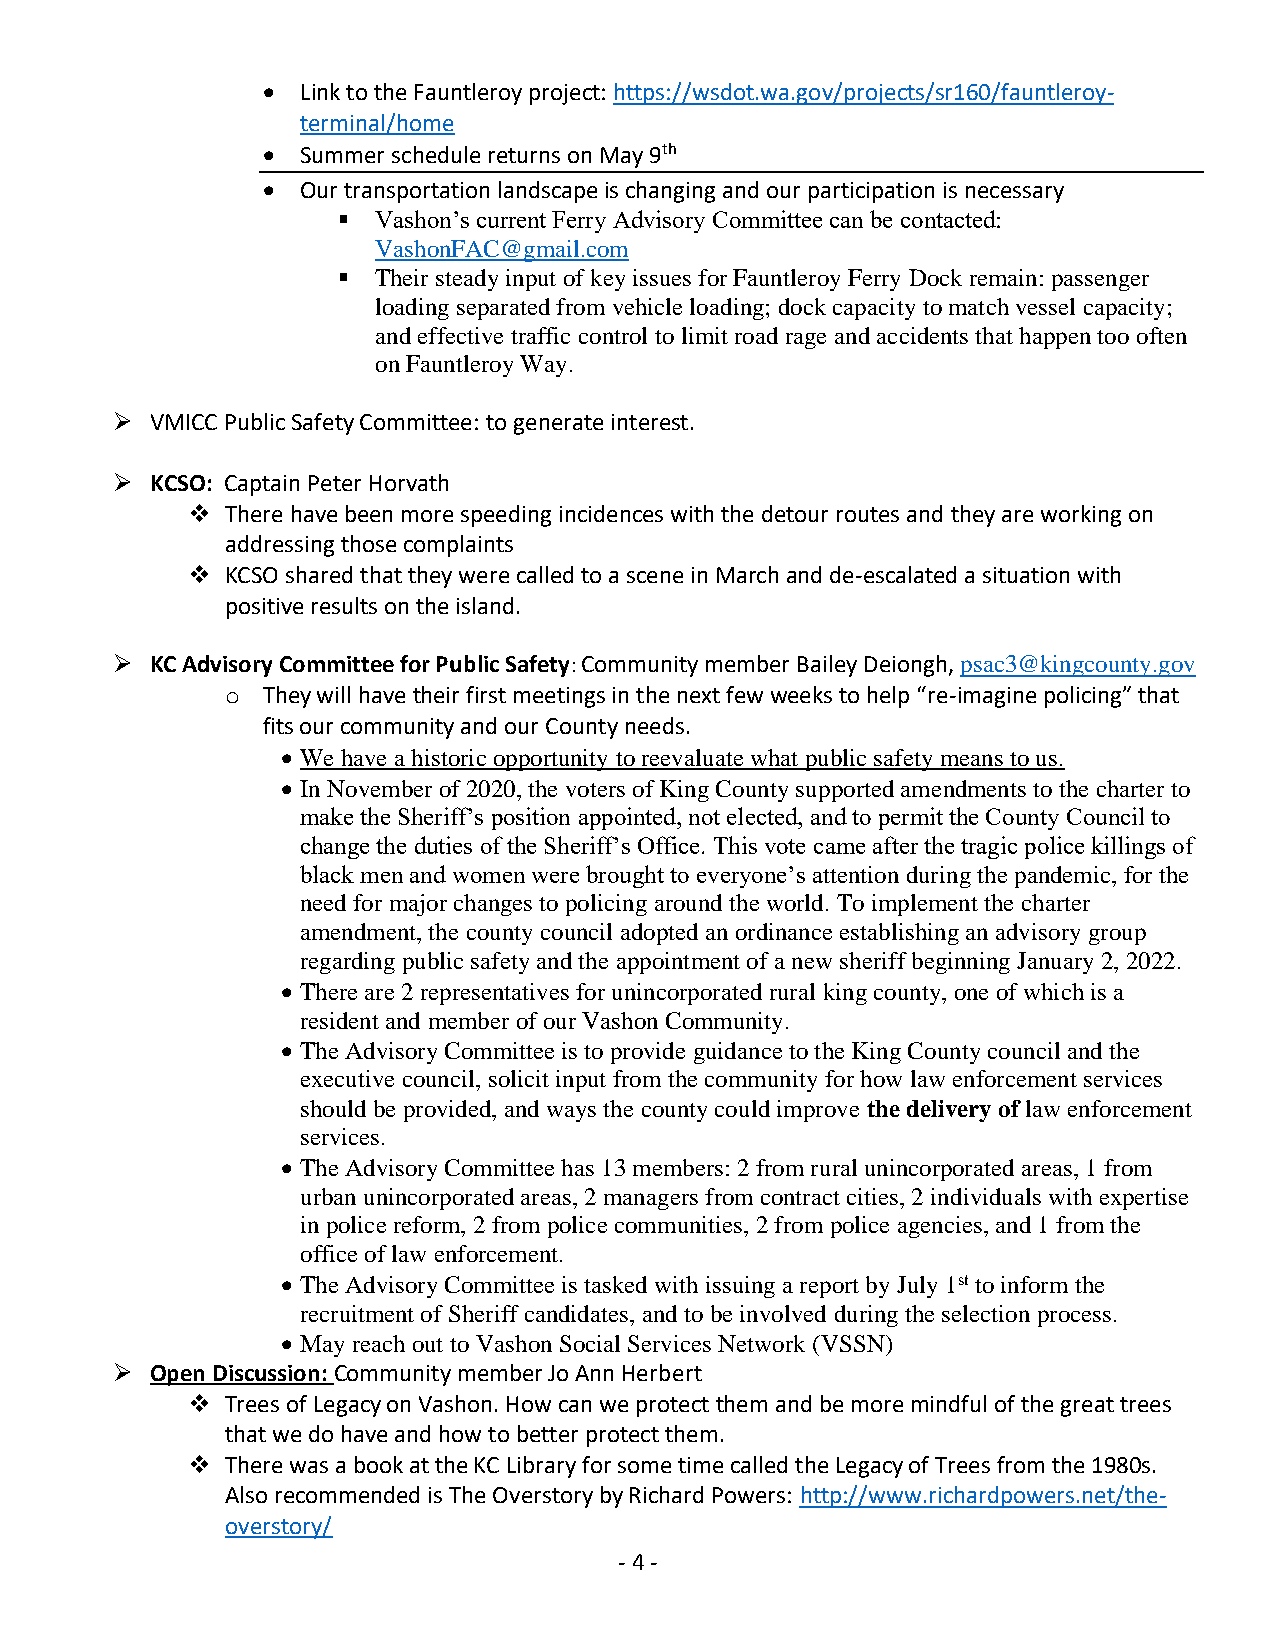
•  Link to the Fauntleroy project: https://wsdot.wa.gov/projects/sr160/fauntleroy-
 terminal/home
 •  Summer schedule returns on May 9th
 •  Our transportation landscape is changing and our participation is necessary
 ▪  Vashon’s current Ferry Advisory Committee can be contacted:
 VashonFAC@gmail.com
 ▪  Their steady input of key issues for Fauntleroy Ferry Dock remain: passenger
 loading separated from vehicle loading; dock capacity to match vessel capacity;
 and effective traffic control to limit road rage and accidents that happen too often
 on Fauntleroy Way.
 ➢  VMICC Public Safety Committee: to generate interest.
 ➢  KCSO: Captain Peter Horvath
 ❖  There have been more speeding incidences with the detour routes and they are working on
 addressing those complaints
 ❖  KCSO shared that they were called to a scene in March and de-escalated a situation with
 positive results on the island.
 ➢  KC Advisory Committee for Public Safety: Community member Bailey Deiongh, psac3@kingcounty.gov
 o They will have their first meetings in the next few weeks to help “re-imagine policing” that
 fits our community and our County needs.
 • We have a historic opportunity to reevaluate what public safety means to us.
 • In November of 2020, the voters of King County supported amendments to the charter to
 make the Sheriff’s position appointed, not elected, and to permit the County Council to
 change the duties of the Sheriff’s Office. This vote came after the tragic police killings of
 black men and women were brought to everyone’s attention during the pandemic, for the
 need for major changes to policing around the world. To implement the charter
 amendment, the county council adopted an ordinance establishing an advisory group
 regarding public safety and the appointment of a new sheriff beginning January 2, 2022.
 • There are 2 representatives for unincorporated rural king county, one of which is a
 resident and member of our Vashon Community.
 • The Advisory Committee is to provide guidance to the King County council and the
 executive council, solicit input from the community for how law enforcement services
 should be provided, and ways the county could improve the delivery of law enforcement
 services.
 • The Advisory Committee has 13 members: 2 from rural unincorporated areas, 1 from
 urban unincorporated areas, 2 managers from contract cities, 2 individuals with expertise
 in police reform, 2 from police communities, 2 from police agencies, and 1 from the
 office of law enforcement.
 • The Advisory Committee is tasked with issuing a report by July 1st to inform the
 recruitment of Sheriff candidates, and to be involved during the selection process.
 • May reach out to Vashon Social Services Network (VSSN)
 ➢  Open Discussion: Community member Jo Ann Herbert
 ❖  Trees of Legacy on Vashon. How can we protect them and be more mindful of the great trees
 that we do have and how to better protect them.
 ❖  There was a book at the KC Library for some time called the Legacy of Trees from the 1980s.
 Also recommended is The Overstory by Richard Powers: http://www.richardpowers.net/the-
 overstory/
 - 4 -